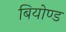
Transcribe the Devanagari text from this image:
बियोण्ड